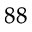
^ { 8 8 }